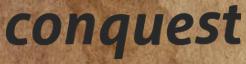
conquest